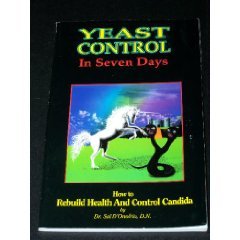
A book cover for Yeast Control in Seven Days - How to Rebuild Health and Control Candida; Dr. Sal D'Onofrio; Health, Fitness & Dieting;